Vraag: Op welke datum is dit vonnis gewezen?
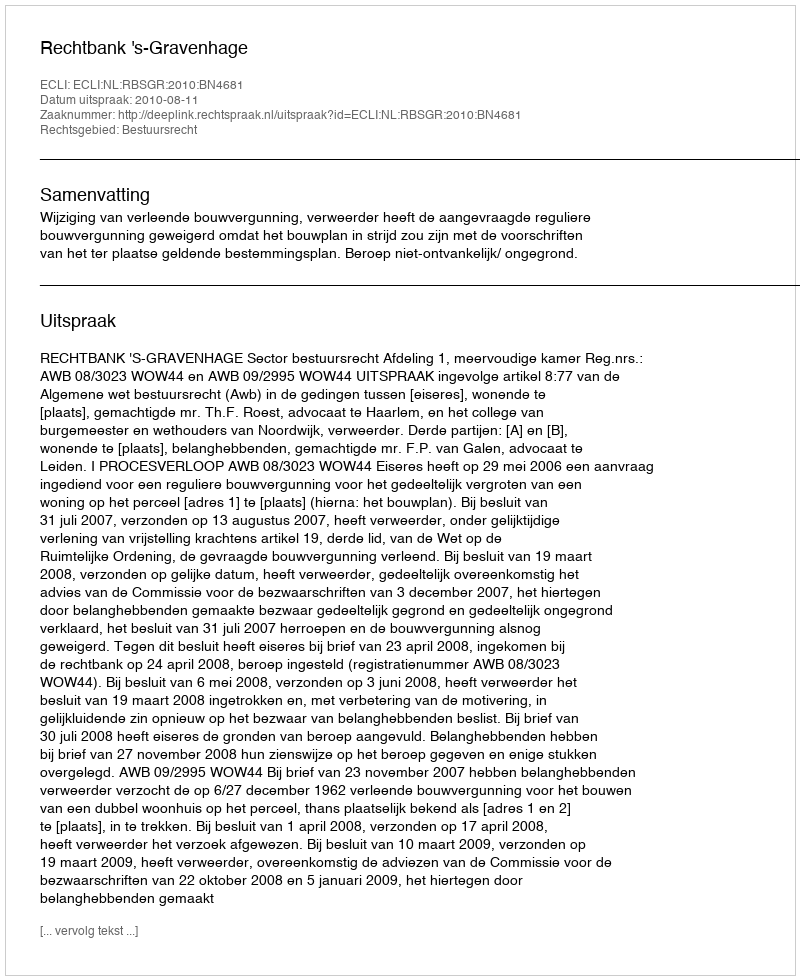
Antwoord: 2010-08-11